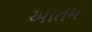
આતમ